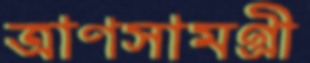
ত্রাণসামগ্রী